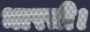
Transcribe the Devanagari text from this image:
भारती।